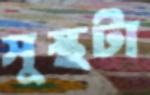
সুস্থটা